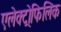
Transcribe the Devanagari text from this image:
एलेक्ट्रोफिलिक